Annual administration report of the Civil Veterinary Department, Ajmere-Merwara, British Rajputana - 1914-1940
Year: 1914
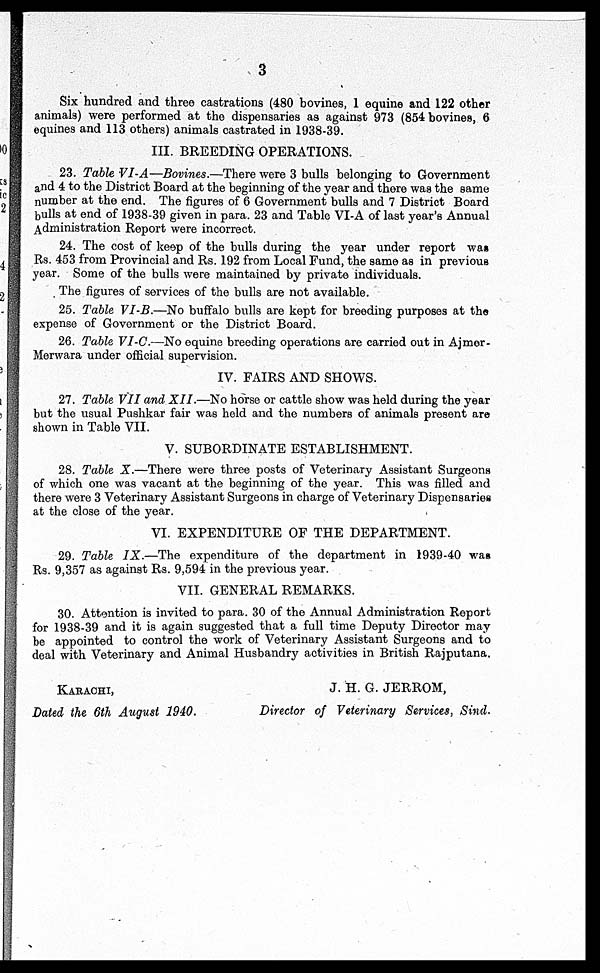
3
Six hundred and three castrations (480 bovines, 1 equine and 122 other
animals) were performed at the dispensaries as against 973 (854 bovines, 6
equines and 113 others) animals castrated in 1938-39.
III. BREEDING OPERATIONS.
23. Table VI-A—Bovines.—There were 3 bulls belonging to Government
and 4 to the District Board at the beginning of the year and there was the same
number at the end. The figures of 6 Government bulls and 7 District Board
bulls at end of 1938-39 given in para. 23 and Table VI-A of last year's Annual
Administration Report were incorrect.
24. The cost of keep of the bulls during the year under report was
Rs. 453 from Provincial and Rs. 192 from Local Fund, the same as in previous
year. Some of the bulls were maintained by private individuals.
The figures of services of the bulls are not available.
25. Table VI-B.—No buffalo bulls are kept for breeding purposes at the
expense of Government or the District Board.
26. Table VI.C.—No equine breeding operations are carried out in Ajmer-
Merwara under official supervision.
IV. FAIRS AND SHOWS.
27. Table VII and XII.—No horse or cattle show was held during the year
but the usual Pushkar fair was held and the numbers of animals present are
shown in Table VII.
V. SUBORDINATE ESTABLISHMENT.
28. Table X.—There were three posts of Veterinary Assistant Surgeons
of which one was vacant at the beginning of the year. This was filled and
there were 3 Veterinary Assistant Surgeons in charge of Veterinary Dispensaries
at the close of the year.
VI. EXPENDITURE OF THE DEPARTMENT.
29. Table IX.—The expenditure of the department in 1939-40 was
Rs. 9,357 as against Rs. 9,594 in the previous year.
VII. GENERAL REMARKS.
30. Attention is invited to para. 30 of the Annual Administration Report
for 1938-39 and it is again suggested that a full time Deputy Director may
be appointed to control the work of Veterinary Assistant Surgeons and to
deal with Veterinary and Animal Husbandry activities in British Rajputana.
KARACHI,
Dated the 6th August 1940.
J. H. G. JERROM,
Director of Veterinary Services, Sind.